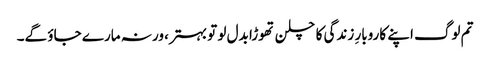
تم لوگ اپنے کاروبارِ زندگی کا چلن تھوڑا بدل لو تو بہتر، ورنہ مارے جاؤ گے۔